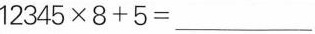
$$1 2 3 4 5 \times 8 + 5 = _ _ _ $$